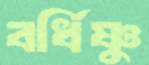
বর্ধিষ্ণুু